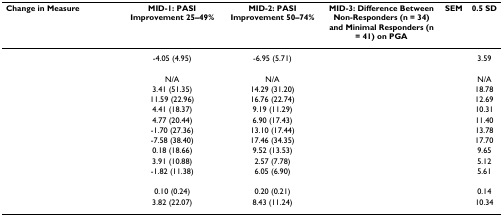
<table><thead><tr><td><b>Change in Measure</b></td><td><b>MID-1: PASI Improvement 25–49%</b></td><td><b>MID-2: PASI Improvement 50–74%</b></td><td><b>MID-3: Difference Between Non-Responders (n = 34) and Minimal Responders (n = 41) on PGA</b></td><td><b>SEM</b></td><td><b>0.5 SD</b></td></tr></thead><tbody><tr><td>[EMPTY_CELL]</td><td>-4.05 (4.95)</td><td>-6.95 (5.71)</td><td>[EMPTY_CELL]</td><td>[EMPTY_CELL]</td><td>3.59</td></tr><tr><td>[EMPTY_CELL]</td><td>[EMPTY_CELL]</td><td>[EMPTY_CELL]</td><td>[EMPTY_CELL]</td><td>[EMPTY_CELL]</td><td>[EMPTY_CELL]</td></tr><tr><td>[EMPTY_CELL]</td><td>N/A</td><td>N/A</td><td>[EMPTY_CELL]</td><td>[EMPTY_CELL]</td><td>N/A</td></tr><tr><td>[EMPTY_CELL]</td><td>3.41 (51.35)</td><td>14.29 (31.20)</td><td>[EMPTY_CELL]</td><td>[EMPTY_CELL]</td><td>18.78</td></tr><tr><td>[EMPTY_CELL]</td><td>11.59 (22.96)</td><td>16.76 (22.74)</td><td>[EMPTY_CELL]</td><td>[EMPTY_CELL]</td><td>12.69</td></tr><tr><td>[EMPTY_CELL]</td><td>4.41 (18.37)</td><td>9.19 (11.29)</td><td>[EMPTY_CELL]</td><td>[EMPTY_CELL]</td><td>10.31</td></tr><tr><td>[EMPTY_CELL]</td><td>4.77 (20.44)</td><td>6.90 (17.43)</td><td>[EMPTY_CELL]</td><td>[EMPTY_CELL]</td><td>11.40</td></tr><tr><td>[EMPTY_CELL]</td><td>-1.70 (27.36)</td><td>13.10 (17.44)</td><td>[EMPTY_CELL]</td><td>[EMPTY_CELL]</td><td>13.78</td></tr><tr><td>[EMPTY_CELL]</td><td>-7.58 (38.40)</td><td>17.46 (34.35)</td><td>[EMPTY_CELL]</td><td>[EMPTY_CELL]</td><td>17.70</td></tr><tr><td>[EMPTY_CELL]</td><td>0.18 (18.66)</td><td>9.52 (13.53)</td><td>[EMPTY_CELL]</td><td>[EMPTY_CELL]</td><td>9.65</td></tr><tr><td>[EMPTY_CELL]</td><td>3.91 (10.88)</td><td>2.57 (7.78)</td><td>[EMPTY_CELL]</td><td>[EMPTY_CELL]</td><td>5.12</td></tr><tr><td>[EMPTY_CELL]</td><td>-1.82 (11.38)</td><td>6.05 (6.90)</td><td>[EMPTY_CELL]</td><td>[EMPTY_CELL]</td><td>5.61</td></tr><tr><td>[EMPTY_CELL]</td><td>[EMPTY_CELL]</td><td>[EMPTY_CELL]</td><td>[EMPTY_CELL]</td><td>[EMPTY_CELL]</td><td>[EMPTY_CELL]</td></tr><tr><td>[EMPTY_CELL]</td><td>0.10 (0.24)</td><td>0.20 (0.21)</td><td>[EMPTY_CELL]</td><td>[EMPTY_CELL]</td><td>0.14</td></tr><tr><td>[EMPTY_CELL]</td><td>3.82 (22.07)</td><td>8.43 (11.24)</td><td>[EMPTY_CELL]</td><td>[EMPTY_CELL]</td><td>10.34</td></tr></tbody></table>